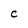
Character: C